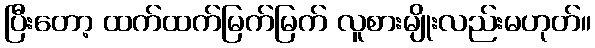
ပြီးတော့ ထက်ထက်မြက်မြက် လူစားမျိုးလည်းမဟုတ်။